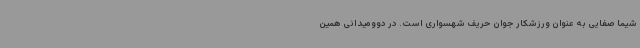
شیما صفایی به عنوان ورزشکار جوان حریف شهسواری است. در دوومیدانی همین